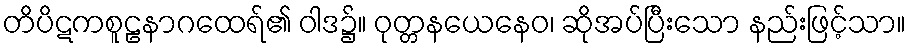
တိပိဋကစူဠနာဂထေရ်၏ ဝါဒ၌။ ဝုတ္တနယေနေဝ၊ ဆိုအပ်ပြီးသော နည်းဖြင့်သာ။